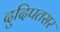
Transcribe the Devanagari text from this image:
दुदिपतसर